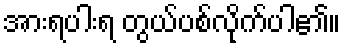
အားရပါးရ တွယ်ပစ်လိုက်ပါ၏။